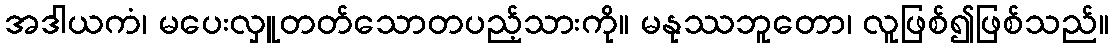
အဒါယကံ၊ မပေးလှူတတ်သောတပည့်သားကို။ မနုဿဘူတော၊ လူဖြစ်၍ဖြစ်သည်။